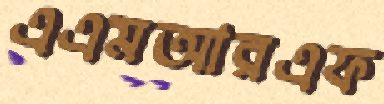
এএমআরএফ